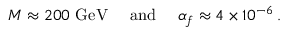
M \approx 2 0 0 ~ \mathrm { G e V \quad \ a n d } \quad \ \alpha _ { f } \approx 4 \times 1 0 ^ { - 6 } \, .